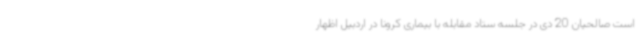
است صالحیان 20 دی در جلسه ستاد مقابله با بیماری کرونا در اردبیل اظهار